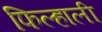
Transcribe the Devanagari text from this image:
फिल्हाली